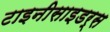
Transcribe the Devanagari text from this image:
टाइनीसाइडर्स